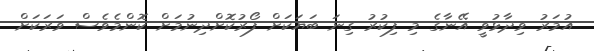
އުމަރު ވިދާޅުވީ އޭނާގެ މި ފިކުރު ގިނަ ބަޔަކަށް ފޯރުކޮށްދިނުމަށް ކޮންމެވެސް ވަރަކަށް